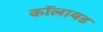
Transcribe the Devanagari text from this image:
कॉलायड